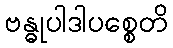
ဗန္ဓုပါဒါပစ္စေတိ